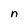
Character: n